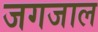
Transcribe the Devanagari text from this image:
जगजाल